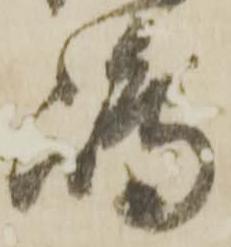
嶋